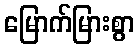
မြောက်မြားစွာ